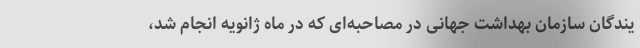
یندگان سازمان بهداشت جهانی در مصاحبه‌ای که در ماه ژانویه انجام شد،